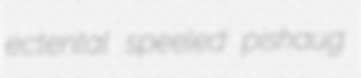
ectental speeled pishaug